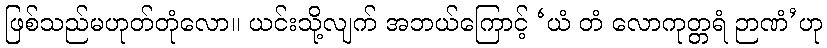
ဖြစ်သည်မဟုတ်တုံလော။ ယင်းသို့လျက် အဘယ်ကြောင့် ‘ယံ တံ လောကုတ္တရံ ဉာဏံ’ဟု